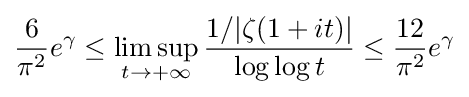
{\frac {6}{\pi ^{2}}}e^{\gamma }\leq \limsup _{t\rightarrow +\infty }{\frac {1/|\zeta (1+it)|}{\log \log t}}\leq {\frac {12}{\pi ^{2}}}e^{\gamma }